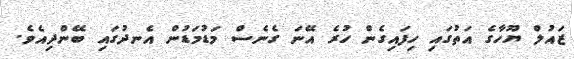
ޒައުލް ޔޫހާގެ އަތުގައި ހިފައިގެން ހުރެ އޭނަ ގެެނެސް މަޑުމަޑުން އެނދުގައި ބޭންދިއެވެ.